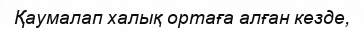
Қаумалап халық ортаға алған кезде,